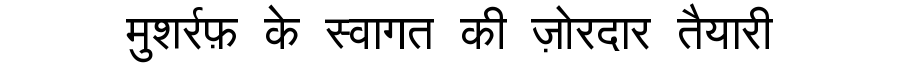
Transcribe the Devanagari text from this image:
मुशर्रफ़ के स्वागत की ज़ोरदार तैयारी